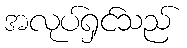
အလုပ်ရှင်သည်